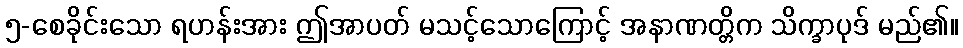
၅-စေခိုင်းသော ရဟန်းအား ဤအာပတ် မသင့်သောကြောင့် အနာဏတ္တိက သိက္ခာပုဒ် မည်၏။